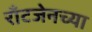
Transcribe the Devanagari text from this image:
राँटजेनच्या